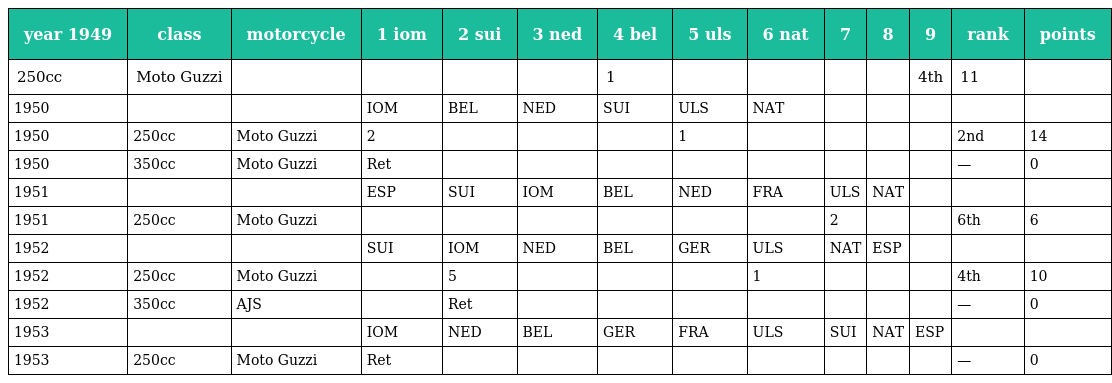
| year 1949 | class | motorcycle | 1 iom | 2 sui | 3 ned | 4 bel | 5 uls | 6 nat | 7 | 8 | 9 | rank | points |
 | --- | --- | --- | --- | --- | --- | --- | --- | --- | --- | --- | --- | --- | --- |
 | 250cc | Moto Guzzi |  |  |  |  | 1 |  |  |  |  | 4th | 11 |  |
 | 1950 |  |  | IOM | BEL | NED | SUI | ULS | NAT |  |  |  |  |  |
 | 1950 | 250cc | Moto Guzzi | 2 |  |  |  | 1 |  |  |  |  | 2nd | 14 |
 | 1950 | 350cc | Moto Guzzi | Ret |  |  |  |  |  |  |  |  | — | 0 |
 | 1951 |  |  | ESP | SUI | IOM | BEL | NED | FRA | ULS | NAT |  |  |  |
 | 1951 | 250cc | Moto Guzzi |  |  |  |  |  |  | 2 |  |  | 6th | 6 |
 | 1952 |  |  | SUI | IOM | NED | BEL | GER | ULS | NAT | ESP |  |  |  |
 | 1952 | 250cc | Moto Guzzi |  | 5 |  |  |  | 1 |  |  |  | 4th | 10 |
 | 1952 | 350cc | AJS |  | Ret |  |  |  |  |  |  |  | — | 0 |
 | 1953 |  |  | IOM | NED | BEL | GER | FRA | ULS | SUI | NAT | ESP |  |  |
 | 1953 | 250cc | Moto Guzzi | Ret |  |  |  |  |  |  |  |  | — | 0 |